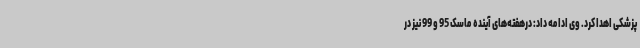
پزشکی اهدا کرد. وی ادامه داد: درهفته‌های آینده ماسک 95 و 99 نیز در